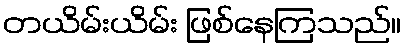
တယိမ်းယိမ်း ဖြစ်နေကြသည်။